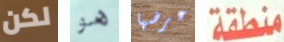
لكن هو عرضها منطقة